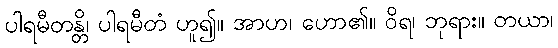
ပါရမီတန္တိ၊ ပါရမီတံ ဟူ၍။ အာဟ၊ ဟော၏။ ဝိရ၊ ဘုရား။ တယာ၊